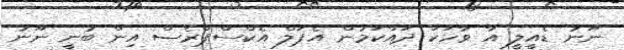
ނޫނު ޑެއީލީ އާ ވާހަކަ ދައްކަމުން އެޕަލް އެކްސްޕްރެސް އިން ބުނީ ނޫނު